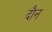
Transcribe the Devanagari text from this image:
दौन